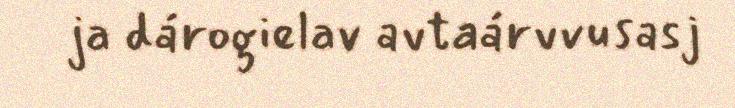
ja dárogielav avtaárvvusasj